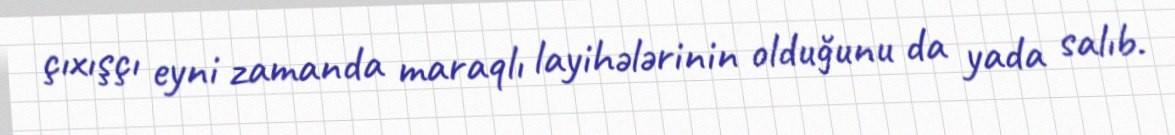
çıxışçı eyni zamanda maraqlı layihələrinin olduğunu da yada salıb.